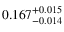
0 . 1 6 7 _ { - 0 . 0 1 4 } ^ { + 0 . 0 1 5 }